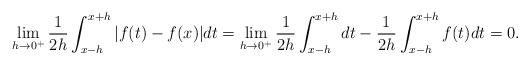
LaTeX: \begin{align*}\lim_{h\rightarrow 0^+} \frac{1}{2h}\int_{x-h}^{x+h}\vert f(t)-f(x)\vert dt= \lim_{h\rightarrow 0^+} \frac{1}{2h}\int_{x-h}^{x+h}dt-\frac{1}{2h}\int_{x-h}^{x+h}f(t)dt=0.\end{align*}